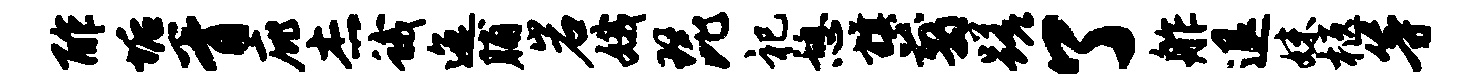
酢垢胥庇杰蛾迤脯岩娥琵祀憩旗翦蹉了舴退妹柩等